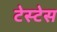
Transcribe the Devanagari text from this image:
टेस्टेस